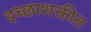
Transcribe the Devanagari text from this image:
इच्छाशक्तीत